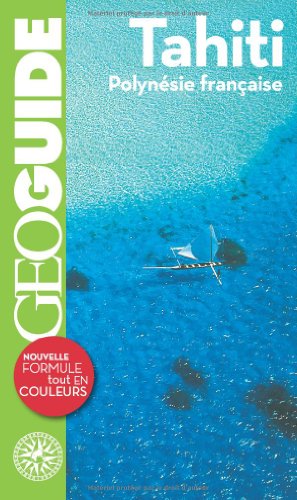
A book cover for Geo Guides Etranger, Iles, Dom-Tom: Tahiti Polynesie Francaise (French Edition); Lucie Milledrogues; Travel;